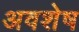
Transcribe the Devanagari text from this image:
अवशेष्‍ा